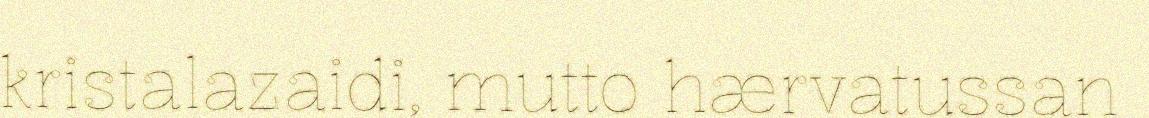
kristalazaidi, mutto hærvatussan